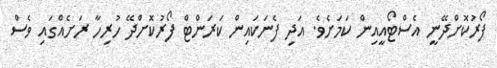
ފޯރުކޮށްދޭނީ އެސްޓޯއީއިން ކަމަށެވެ. އަދި ފެނަކައިން ކަރަންޓް ފޯރުކޮށްދޭ ހުރިހާ ރަށެއްގައި ވެސް